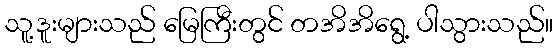
သူ့ဒူးများသည် မြေကြီးတွင် တအိအိရွေ့ ပါသွားသည်။